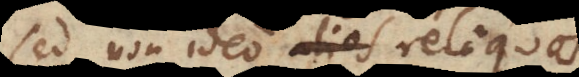
sed non ideo alios reliquos